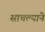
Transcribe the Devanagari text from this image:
साचल्याने